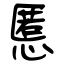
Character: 慝